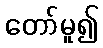
တော်မူ၍